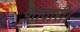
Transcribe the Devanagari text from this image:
पतवारी।